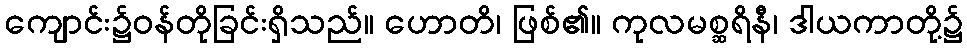
ကျောင်း၌ဝန်တိုခြင်းရှိသည်။ ဟောတိ၊ ဖြစ်၏။ ကုလမစ္ဆရိနီ၊ ဒါယကာတို့၌